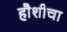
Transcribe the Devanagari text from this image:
हौशीचा